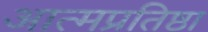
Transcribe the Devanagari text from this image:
आत्मप्रतिष्ठा